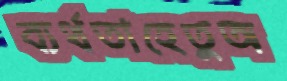
ব্যর্থতাহেতুঅ